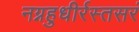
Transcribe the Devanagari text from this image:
नग्नहुधीर्रस्तसरं